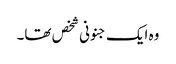
وہ ایک جنونی شخص تھا۔